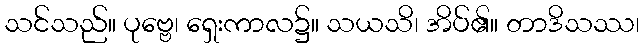
သင်သည်။ ပုဗ္ဗေ၊ ရှေးကာလ၌။ သယသိ၊ အိပ်၏။ တာဒိသဿ၊